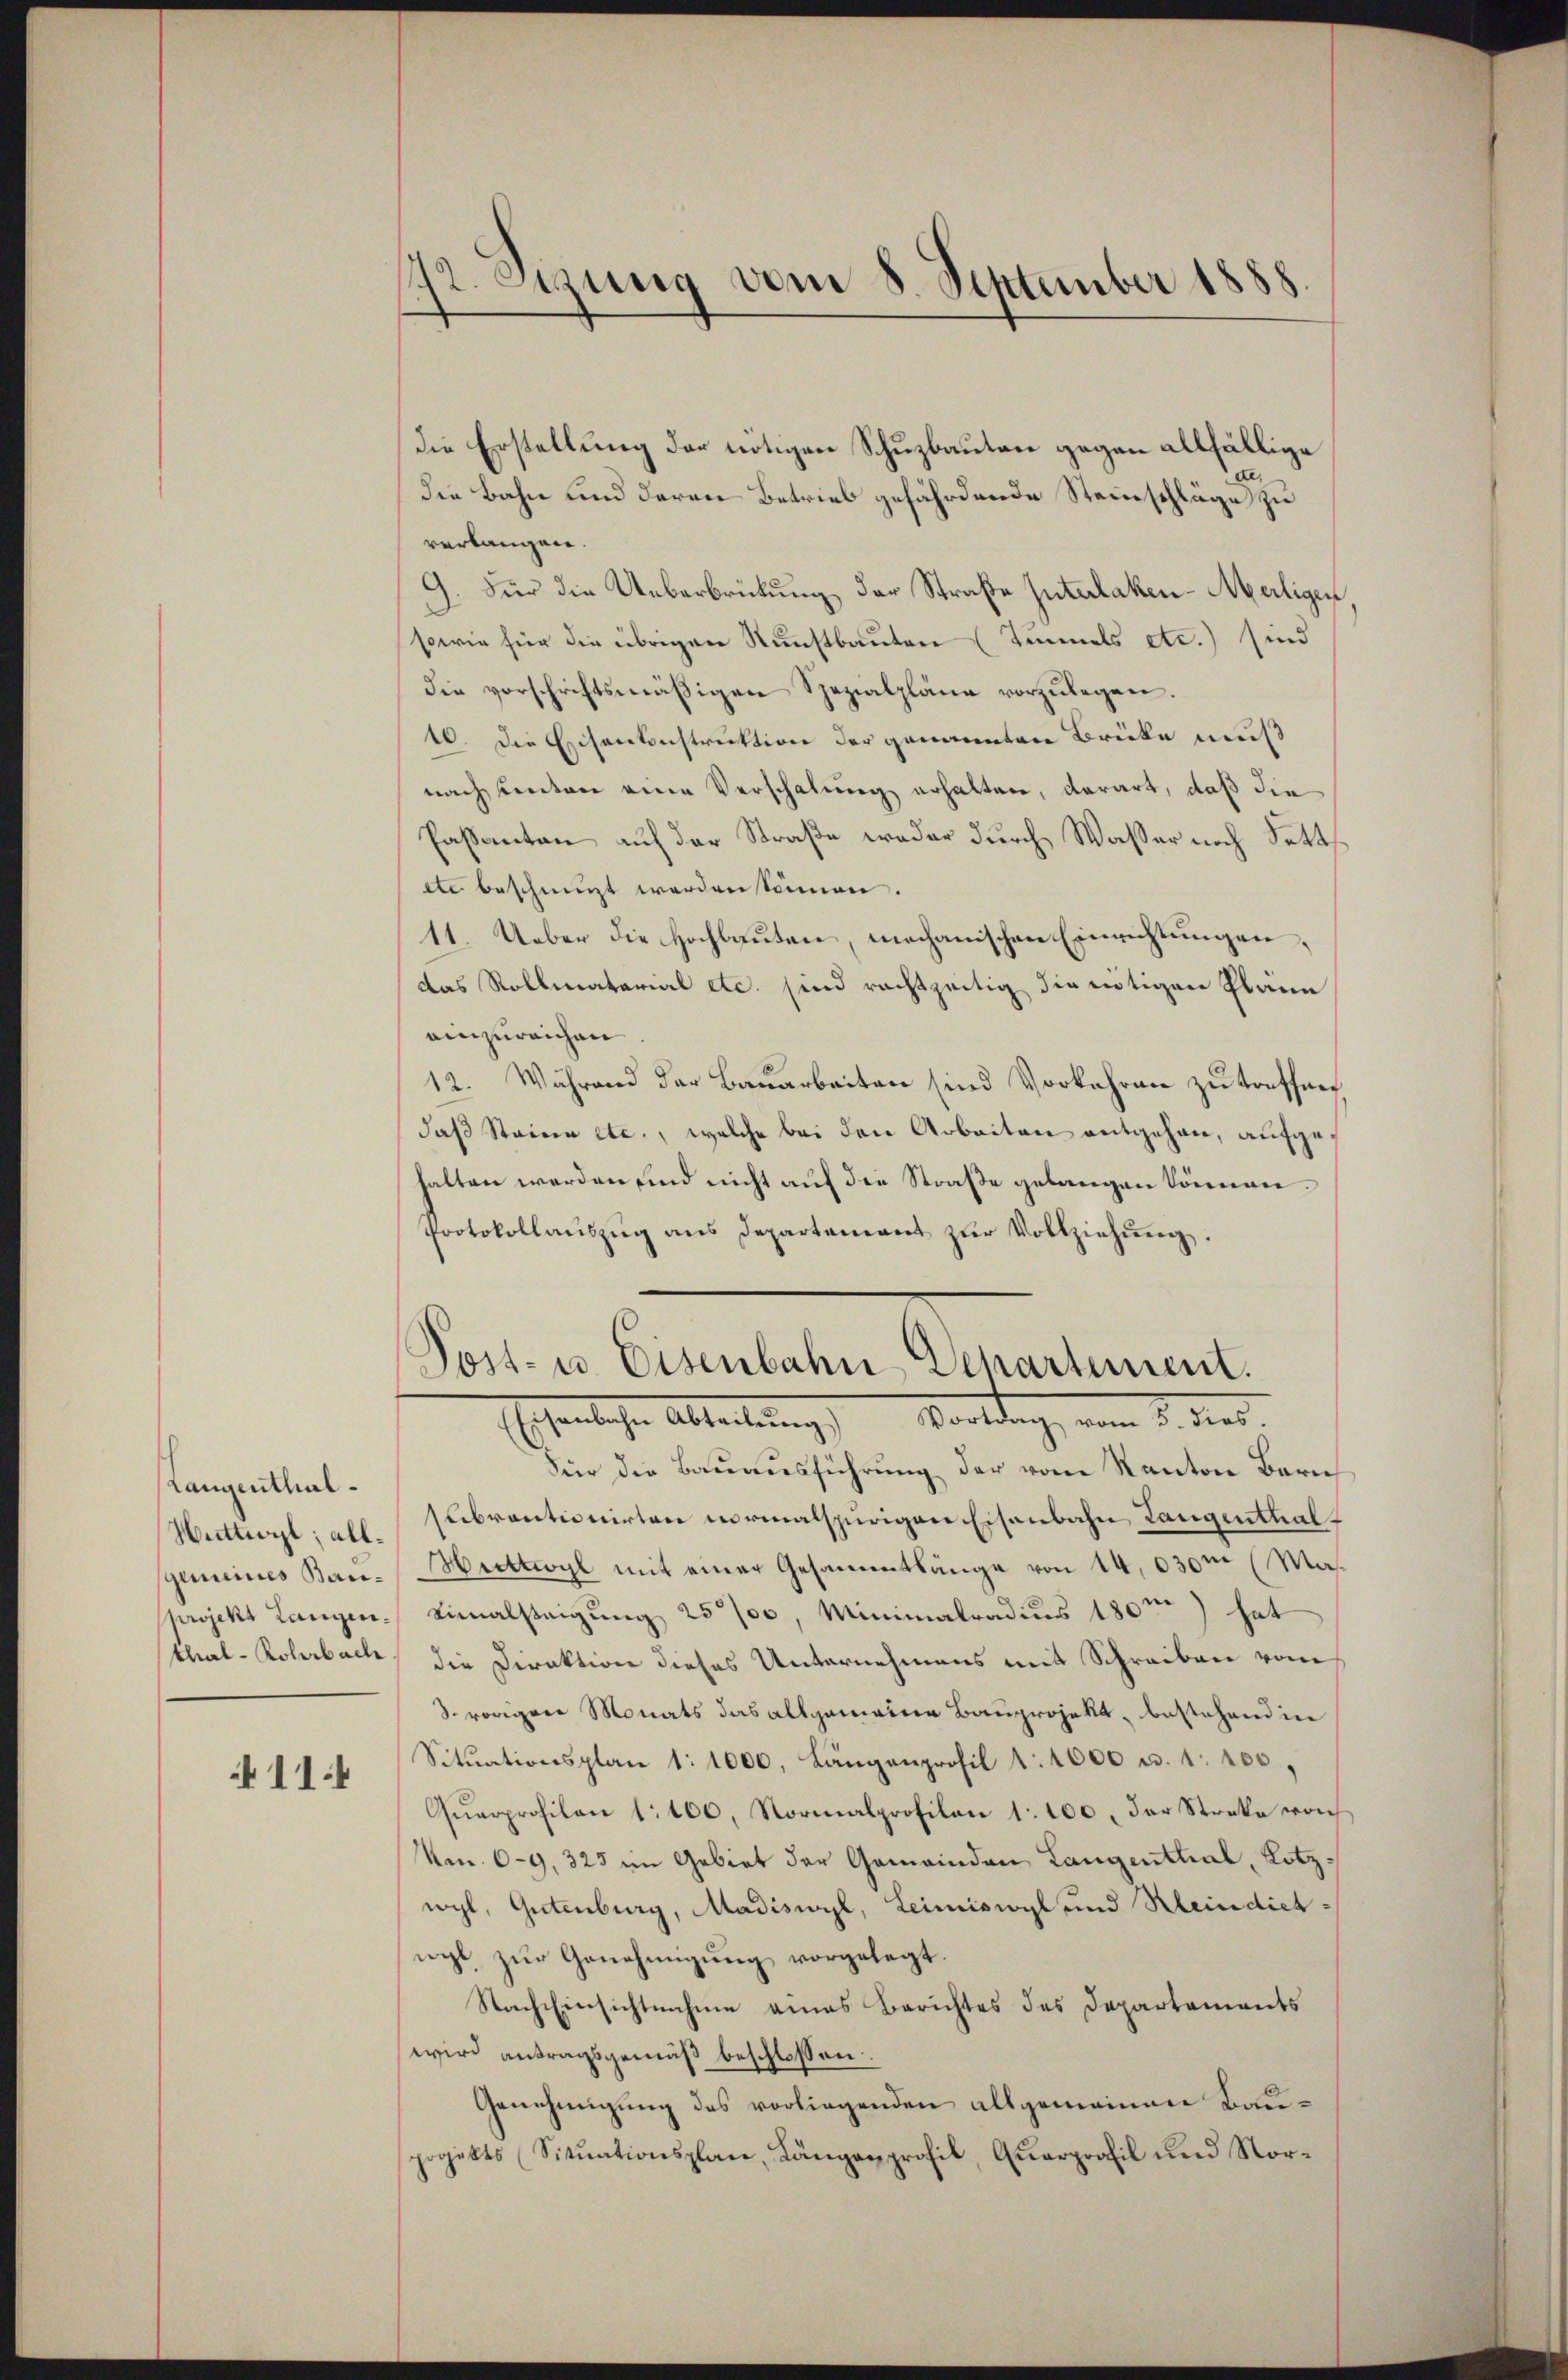
Langenthal¬

114

172. Legung vom 8. September 1888.

Die Erstellung der nötigen Schuzbauten gegen allfällige
die Bahn und deren Betrieb gefährdende Steinschläge zu
verlangen.
9. Für die Ueberbrütung der Straße Interlaken-Meiligen,
sowie für die übrigen Kunstbauten (Zimmels etc.) sind
die vorschriftsmäβigen Spezialpläne vorzŭlegen.
10. Die Eisenkonstruktion der genannten Brücke muß
nach unten eine Verschalung erhalten, derart, daß die
Passanten auf der Straße weder durch Wasser noch Setts
tte beschreizt werden können.
11. Ueber die Hochbauten, mechanischen Einrichtungen,
das Rollmatarial etc. sind rechtzeitig die nötigen Pläne
einzureichen
12. Während der Bauarbeiten sind Vorkehren zu treffenh
daß Steine etc., welche bei den Arbeiten entgehen, aufgehalten werden sind nicht auf die Straße gelangen können.
Protokollaŭszŭg ans Departement zŭr Vollziehŭng.

Post- u. Eisenbahn Departement.
hohenliche Abteilung Vortrag, vom 12. dies

Für die Bauausführung der vom Kanton Bern
Huttwyl, all subventionirten morialspurigen Eisenbahn Langenthalgemeines Kau-Huttwyl mit einer Gesammtlänge von 14,030m (Mas
projekt Langen. Einalsteigung 25%, Minimatradius 180m) hat
thal - Rohrbach, die Direktion dieses Unternehmens mit Schreiben vom
d. vorigen Monats das allgemeine Bauprojekt, bestehenden
Sitŭationsplan 1:1000, Längenprofil 1:1000 u. 1 200,
Qŭarprofilen 1:100. Normalprofilen 1:100. der Streke von
Nan. 69. 325 im Gebiet der Gemeinden Langenthal, Kotz.
wyl, Gutenburg, Madiswyl, Leimiswyl und Rhein diesncht zur Genehmigung vorgelegt.
Nach Einsichtnahme eines Berichtes des Departements
wird antragsgemäß beschlossen:
Genehmigung des vorliegenden allgemeinen Bauprojekts (Sitŭationsplane, Längenprofil, Qŭarprofil und Nor-